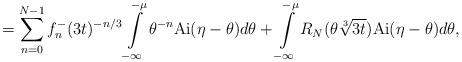
LaTeX: \begin{align*} = \sum\limits_{n=0}^{N-1} {f^-_n} (3t)^{-n/3} \int\limits_{-\infty}^{-\mu} \theta ^{-n} \mathrm{Ai}(\eta-\theta)d\theta + \int\limits_{-\infty}^{-\mu} R_N(\theta {\root 3 \of {3t}}) \mathrm{Ai}(\eta-\theta) d\theta, \end{align*}